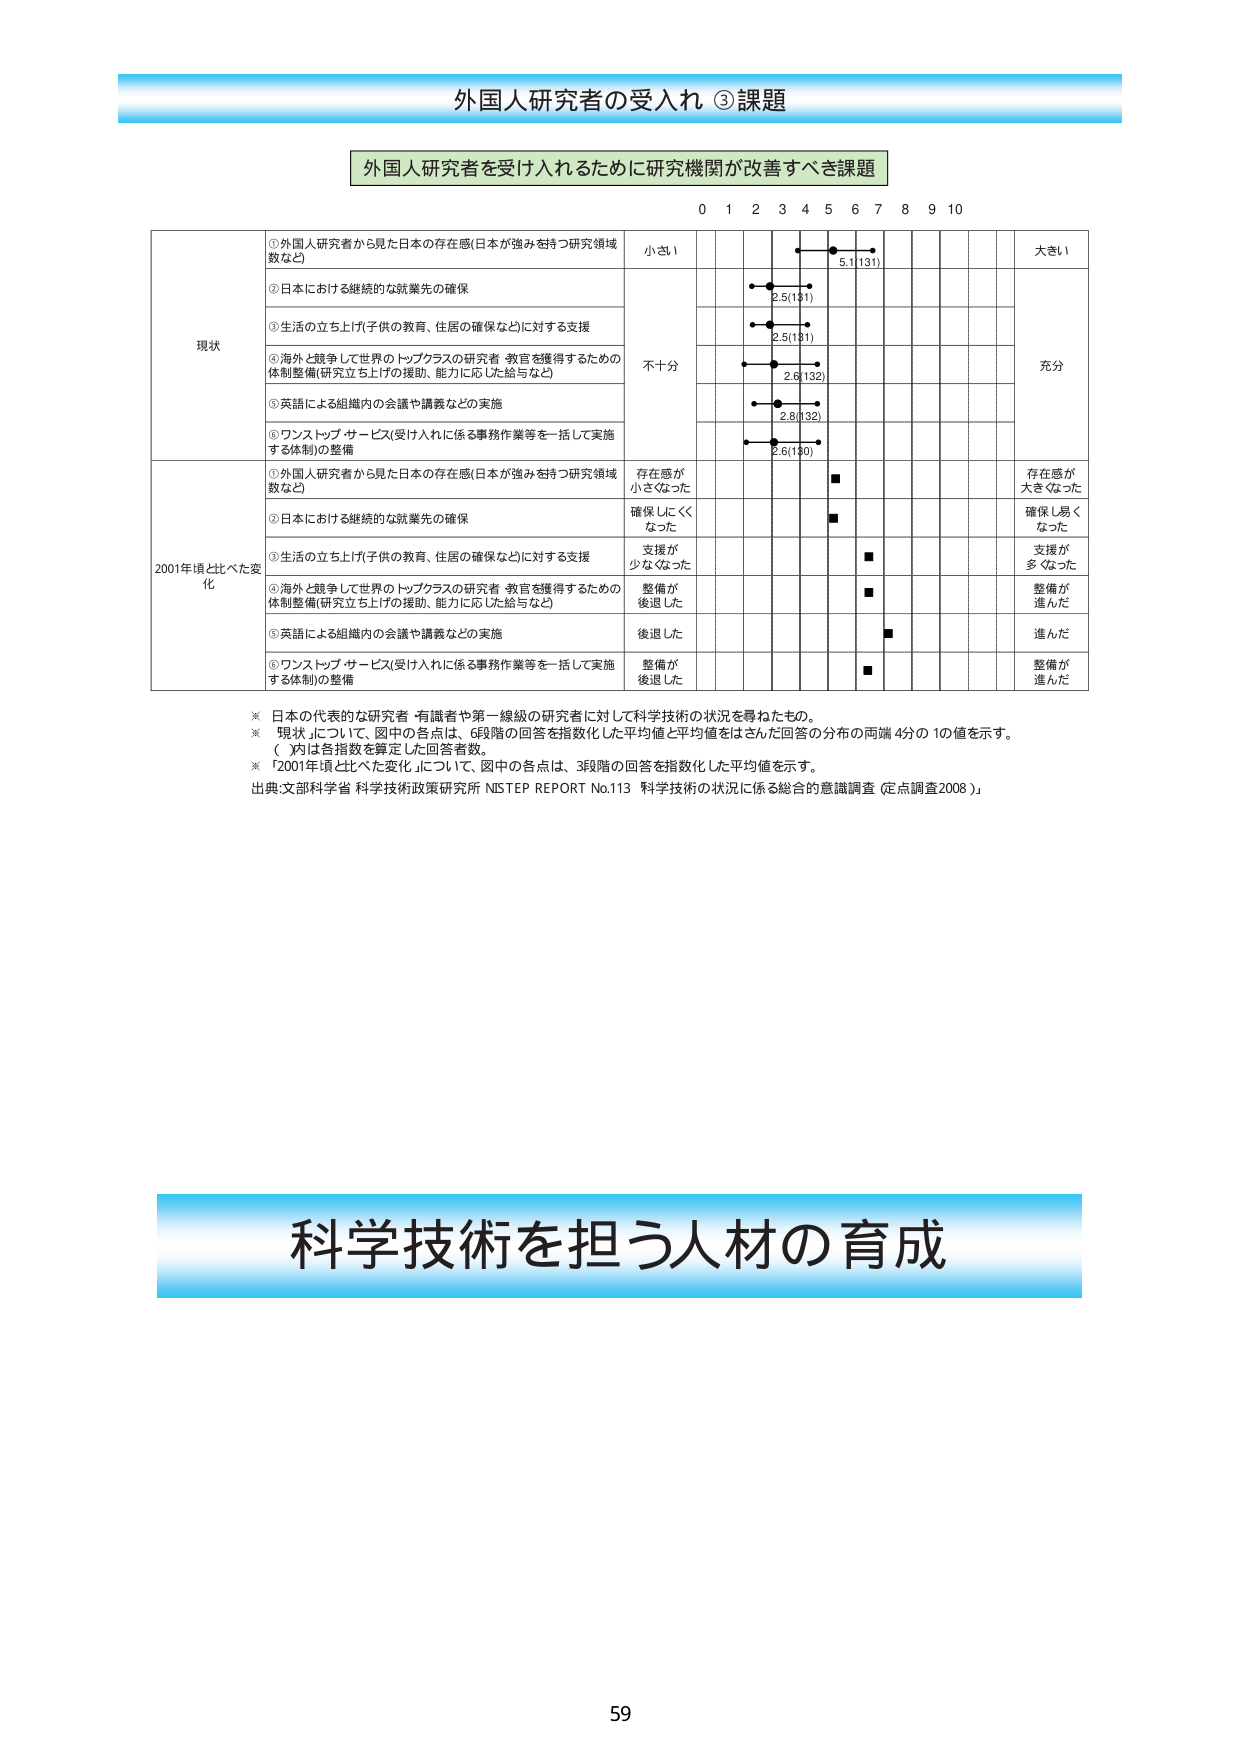
外国人研究者の受入れ ③課題

外国人研究者を受け入れるために研究機関が改善すべき課題

0 1 2 3 4 5 6 7 8 9 10

現状
①外国人研究者から見た日本の存在感(日本が強みを持つ研究領域数など)
②日本における継続的な就業先の確保
③生活の立ち上げ(子供の教育、住居の確保など)に対する支援
④海外と競争して世界のトップクラスの研究者・教官を獲得するための体制整備(研究立ち上げの援助、能力に応じた給与など)
⑤英語による組織内の会議や講義などの実施
⑥ワンストップ・サービス(受け入れに係る事務作業等を一括して実施する体制)の整備

小さい
不十分
大きい
充分

5.1(131)
2.5(131)
2.5(131)
2.6(132)
2.8(132)
2.6(130)

2001年頃と比べた変化
①外国人研究者から見た日本の存在感(日本が強みを持つ研究領域数など)
②日本における継続的な就業先の確保
③生活の立ち上げ(子供の教育、住居の確保など)に対する支援
④海外と競争して世界のトップクラスの研究者・教官を獲得するための体制整備(研究立ち上げの援助、能力に応じた給与など)
⑤英語による組織内の会議や講義などの実施
⑥ワンストップ・サービス(受け入れに係る事務作業等を一括して実施する体制)の整備

存在感が小さくなった
確保しにくくなった
支援が少なくなった
整備が後退した
後退した
整備が後退した

存在感が大きくなった
確保し易くなった
支援が多くなった
整備が進んだ
進んだ
整備が進んだ

※ 日本の代表的な研究者・有識者や第一線級の研究者に対して科学技術の状況を尋ねたもの。
※ 「現状」について、図中の各点は、6段階の回答を指数化した平均値と平均値をはさんだ回答の分布の両端4分の1の値を示す。
（ ）内は各指数を算定した回答者数。
※ 「2001年頃と比べた変化」について、図中の各点は、3段階の回答を指数化した平均値を示す。
出典:文部科学省 科学技術政策研究所 NISTEP REPORT No.113 科学技術の状況に係る総合的意識調査（定点調査2008）

科学技術を担う人材の育成

59